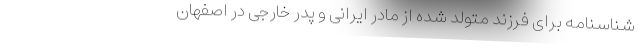
شناسنامه برای فرزند متولد شده از مادر ایرانی و پدر خارجی در اصفهان